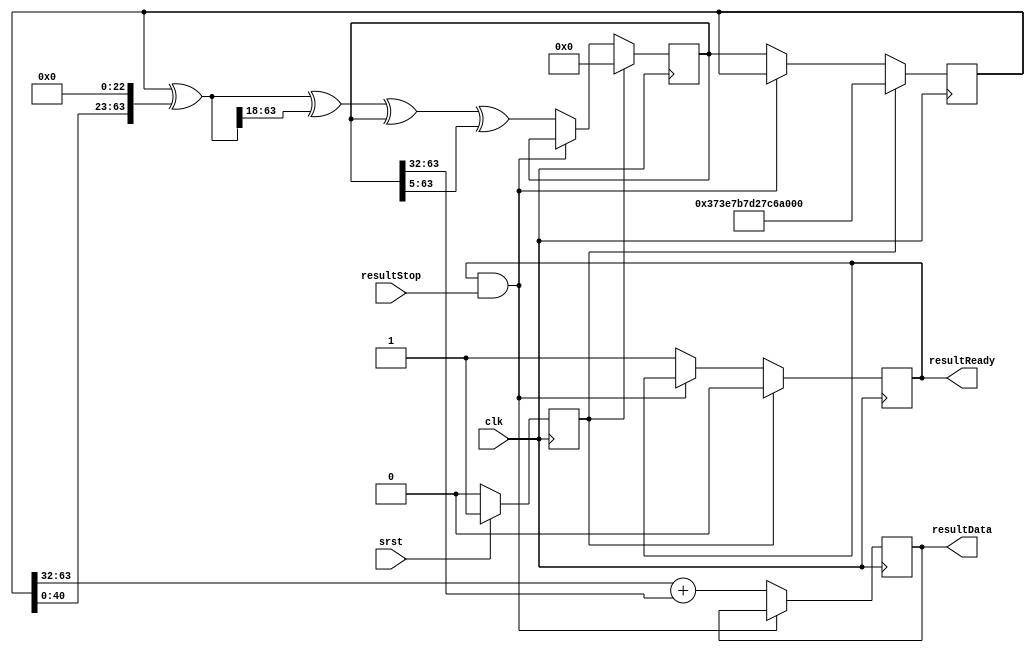
//
// Copyright 2017 ReconfigureIO
//
// Licensed under the Apache License, Version 2.0 (the "License");
// you may not use this file except in compliance with the License.
// You may obtain a copy of the License at
//
//     http://www.apache.org/licenses/LICENSE-2.0
//
// Unless required by applicable law or agreed to in writing, software
// distributed under the License is distributed on an "AS IS" BASIS,
// WITHOUT WARRANTIES OR CONDITIONS OF ANY KIND, either express or implied.
// See the License for the specific language governing permissions and
// limitations under the License.
//

//
// Implements a compact 64-bit pseudo-random number source which generates a
// new pseudo-random value on each clock cycle when the SELF 'stop' line is low.
// This uses the fast xorshift+ algorithm proposed by Sebastiano Vigna which
// has a period of 2^128-1 and which has been demonstrated to pass the Big
// Crush test suite.
//

`timescale 1ns/1ps

module smiSelfRandSource
  (resultReady, resultData, resultStop, clk, srst);

// Specify output datapath width. Must be no more than 64 bits wide.
parameter DataWidth = 32;

// Specify random number generator seed. Must be a non-zero positive value.
parameter RandSeed = 64'h373E7B7D27C69FA4;

// Specify the random number output port.
output                 resultReady;
output [DataWidth-1:0] resultData;
input                  resultStop;

// Specifies the clock and active high synchronous reset signals.
input clk;
input srst;

// Specify the random number generator state signals.
reg [63:0] xorS0_d;
reg [63:0] xorS1_d;

reg [63:0] xorS0_q;
reg [63:0] xorS1_q;

// Specify the output pipeline stages.
reg                 resultReady_q;
reg [DataWidth-1:0] resultData_q;

// Pipeline resets for large number of resettable registers.
reg localReset;

// Pipeline the reset.
always @(posedge clk)
begin
  if (srst)
    localReset <= 1'b1;
  else
    localReset <= 1'b0;
end

// Implement combinatorial logic for the XOR shift operation.
always @(xorS0_q, xorS1_q)
begin
  xorS0_d = xorS1_q;
  xorS1_d = xorS0_q;
  xorS1_d = xorS1_d ^ {xorS1_d [40:0], 23'd0};
  xorS1_d = xorS1_d ^ {18'd0, xorS1_d [63:18]};
  xorS1_d = xorS1_d ^ xorS0_d ^ {5'd0, xorS0_d [63:5]};
end

// Implement sequential logic for the XOR shift operation.
always @(posedge clk)
begin
  if (localReset)
  begin
    xorS0_q <= RandSeed [63:0];
    xorS1_q <= 64'd0;
  end
  else if (~(resultReady_q & resultStop))
  begin
    xorS0_q <= xorS0_d;
    xorS1_q <= xorS1_d;
  end
end

// Implement resettable output control registers.
always @(posedge clk)
begin
  if (localReset)
    resultReady_q <= 1'b0;
  else if (~(resultReady_q & resultStop))
    resultReady_q <= 1'b1;
end

// Implement non-resettable output data register with term summation.
always @(posedge clk)
begin
  if (~(resultReady_q & resultStop))
    resultData_q <= xorS0_q [63:64-DataWidth] + xorS1_q [63:64-DataWidth];
end

assign resultReady = resultReady_q;
assign resultData = resultData_q;

endmodule